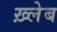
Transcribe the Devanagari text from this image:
ख़्लेब